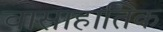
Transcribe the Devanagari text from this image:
वासाहातिक